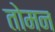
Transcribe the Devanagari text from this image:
तोमन